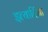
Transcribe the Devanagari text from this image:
इत्यादिंना